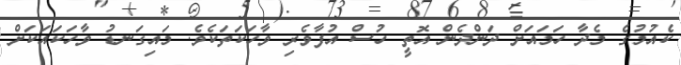
ކެއުމުގެ މެދާ ހަމައަށް ދަންދެން އޮތީ ހުސް އުފާވެރި ވާހަކަތަކެވެ. މައިގަނޑު ވާހަކައަކަށް